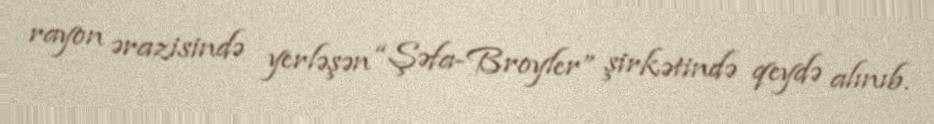
rayon ərazisində yerləşən “Şəfa-Broyler” şirkətində qeydə alınıb.